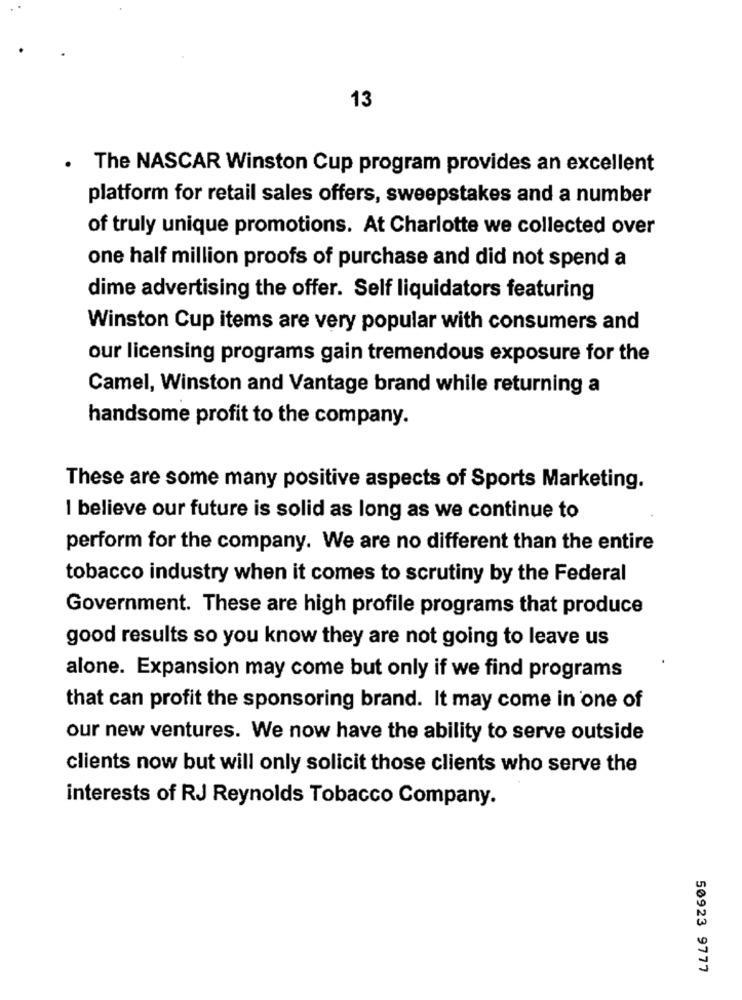
13
. The NASCAR Winston Cup program provides an excellent
platform for retail sales offers, sweepstakes and a number
of truly unique promotions. At Charlotte we collected over
one half million proofs of purchase and did not spend a
dime advertising the offer. Self liquidators featuring
Winston Cup items are very popular with consumers and
our licensing programs gain tremendous exposure for the
Camel, Winston and Vantage brand while returning a
handsome profit to the company.
These are some many positive aspects of Sports Marketing.
I believe our future is solid as long as we continue to
perform for the company. We are no different than the entire
tobacco industry when it comes to scrutiny by the Federal
Government. These are high profile programs that produce
good results so you know they are not going to leave us
alone. Expansion may come but only if we find programs
that can profit the sponsoring brand. It may come in one of
our new ventures. We now have the ability to serve outside
clients now but will only solicit those clients who serve the
interests of RJ Reynolds Tobacco Company.
50923 9777